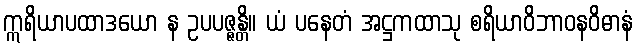
ဣရိယာပထာဒယော န ဥပပဇ္ဇန္တိ။ ယံ ပနေတံ အဋ္ဌကထာသု စရိယာဝိဘာဝနဝိဓာနံ